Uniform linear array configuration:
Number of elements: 4
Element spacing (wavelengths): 0.75
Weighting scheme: binomial
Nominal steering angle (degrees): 60
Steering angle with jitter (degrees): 58.179
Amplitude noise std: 0.05
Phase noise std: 0.05

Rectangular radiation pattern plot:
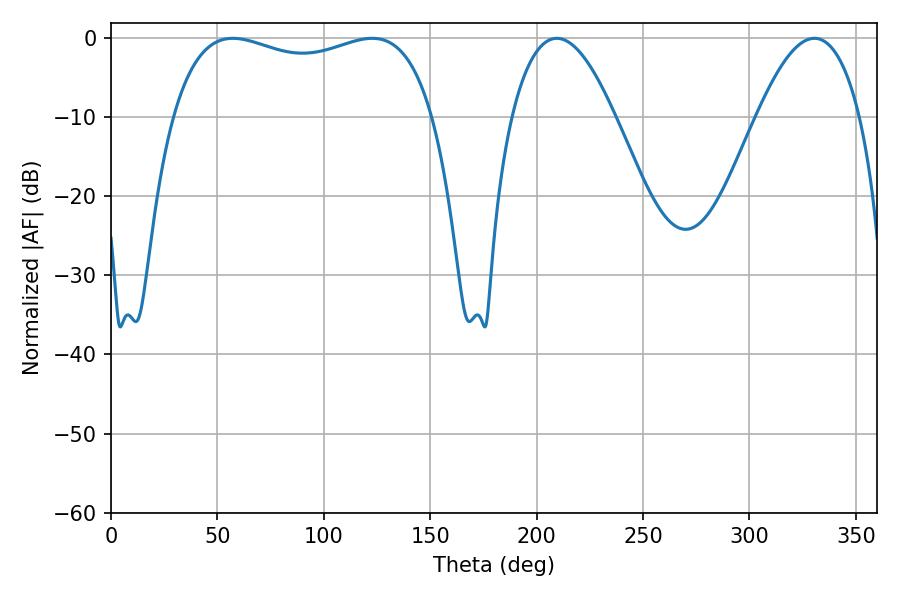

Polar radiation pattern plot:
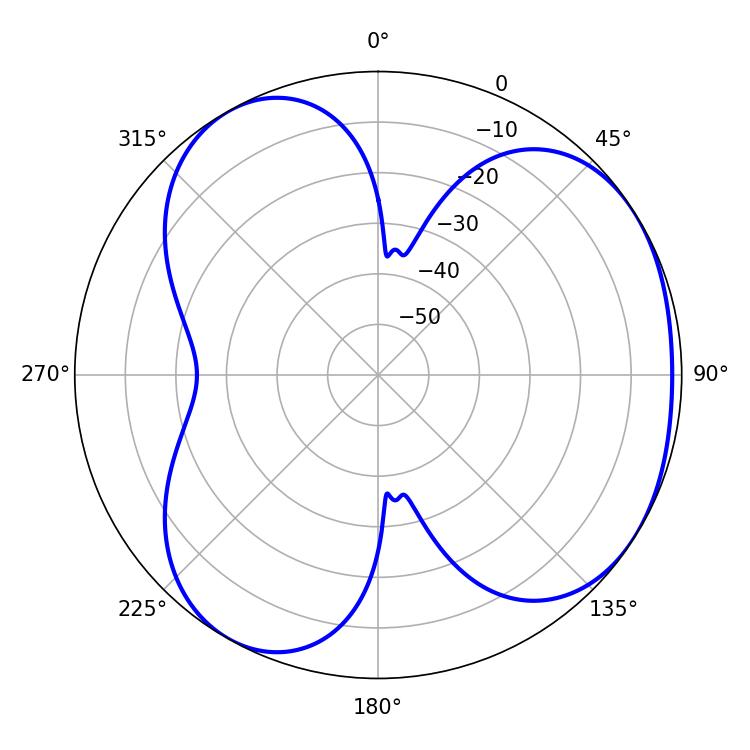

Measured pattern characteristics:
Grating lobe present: TRUE
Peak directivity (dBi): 4.015
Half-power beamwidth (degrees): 100.08
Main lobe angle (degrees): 57.24